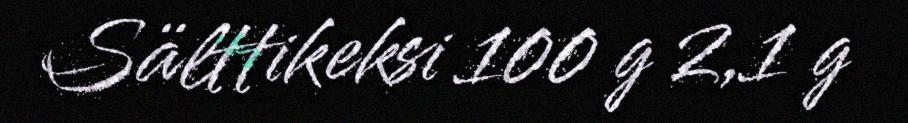
Sälttikeksi 100 g 2,1 g